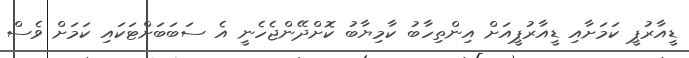
ޑީއާރުޕީ ކަމަށާއި ޑީއާރުޕީއަށް އިންތިހާބު ކާމިޔާބު ކޮށްދޭންޖެހެނީ އެ ސަބަބަށްޓަކައި ކަމަށް ވެސް